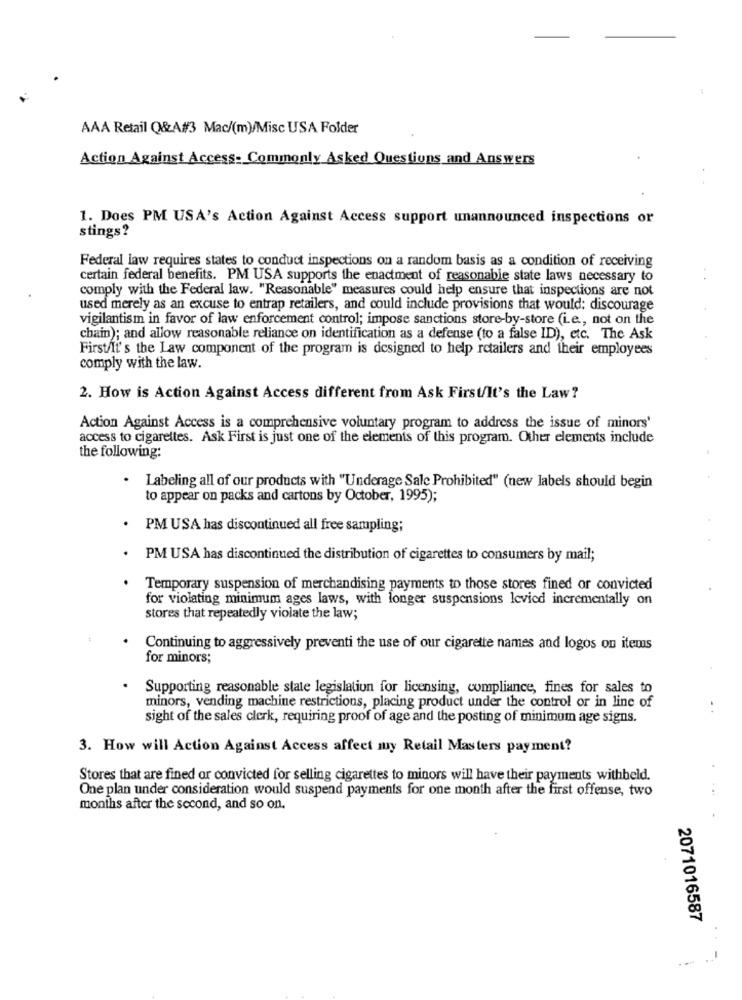
AAA Retail Q&A#3 Mac/(m)/Misc USA Folder
Action Against Access- Commonly Asked Questions and Answers
1. Does PM USA's Action Against Access support unannounced inspections or
stings?
Federal law requires states to conduct inspections on a random basis as a condition of receiving
certain federal benefits. PM USA supports the enactment of reasonable state laws necessary to
comply with the Federal law. "Reasonable" measures could help ensure that inspections are not
used merely as an excuse to entrap retailers, and could include provisions that would; discourage
vigilantism in favor of law enforcement control; impose sanctions store-by-store (i.e ., not on the
chain); and allow reasonable reliance on identification as a defense (to a false ID), etc. The Ask
First/It's the Law component of the program is designed to help retailers and their employees
comply with the law.
2. How is Action Against Access different from Ask First/It's the Law?
Action Against Access is a comprehensive voluntary program to address the issue of minors'
access to cigarettes. Ask First is just one of the elements of this program. Other elements include
the following:
. Labeling all of our products with "Underage Sale Prohibited" (new labels should begin
to appear on packs and cartons by October, 1995);
PM USA has discontinued all free sampling;
PM USA has discontinued the distribution of cigarettes to consumers by mail;
Temporary suspension of merchandising payments to those stores fined or convicted
for violating minimum ages laws, with longer suspensions levied incrementally on
stores that repeatedly violate the law;
Continuing to aggressively preventi the use of our cigarette names and logos on items
for minors;
Supporting reasonable state legislation for licensing, compliance, fines for sales to
minors, vending machine restrictions, placing product under the control or in line of
sight of the sales clerk, requiring proof of age and the posting of minimum age signs.
3. How will Action Against Access affect muy Retail Masters payment?
Stores that are fined or convicted for selling cigarettes to minors will have their payments withheld.
One plan under consideration would suspend payments for one month after the first offense, two
months after the second, and so on.
2071016587